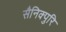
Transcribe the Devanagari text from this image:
सैनिक्पुरि